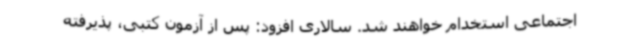
اجتماعی استخدام خواهند شد. سالاری افزود: پس از آزمون کتبی، پذیرفته